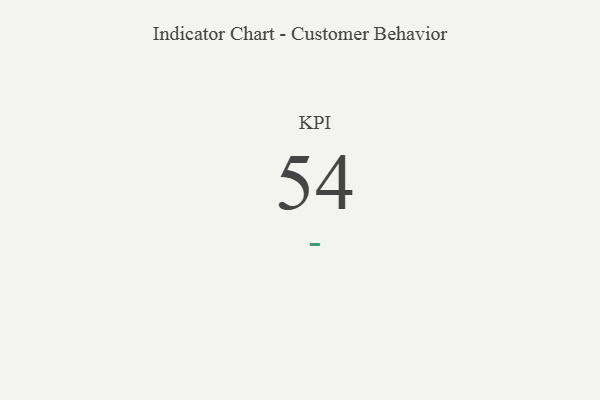
{"axis": {"x": "KPI", "y": "Value"}, "legend": [""], "data": [{"x": "KPI", "y": 54, "type": ""}]}